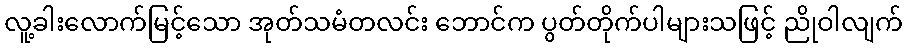
လူ့ခါးလောက်မြင့်သော အုတ်သမံတလင်း ဘောင်က ပွတ်တိုက်ပါများသဖြင့် ညိုဝါလျက်